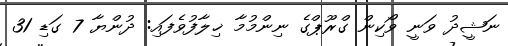
ނަޝީދު ވަނީ ވޯކިން ގްރޫޕްގެ ނިންމުމާ ޚިލާފުވެފައި: ދުންޔާ 7 ގަޑި 31